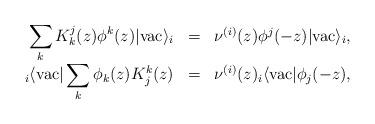
LaTeX: \begin{align*}\begin{array}{rcl}\displaystyle\sum_{k} K^j_k (z) \phi^k (z) |\mbox{vac}\rangle _i &=&\nu^{(i)}(z) \phi^j (-z)|\mbox{vac}\rangle _i , \\ {}_i\langle \mbox{vac}| \displaystyle\sum_{k} \phi_k (z) K_j^k (z) &=&\nu^{(i)}(z) {}_i\langle \mbox{vac}| \phi_j (-z), \end{array}\end{align*}